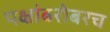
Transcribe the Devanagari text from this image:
पक्षांबरोबरच